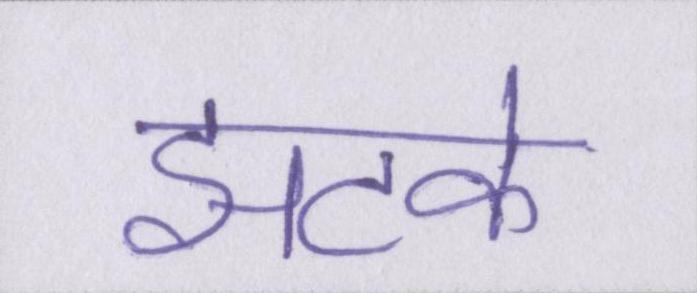
झटके